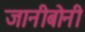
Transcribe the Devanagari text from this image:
जानीबोनी